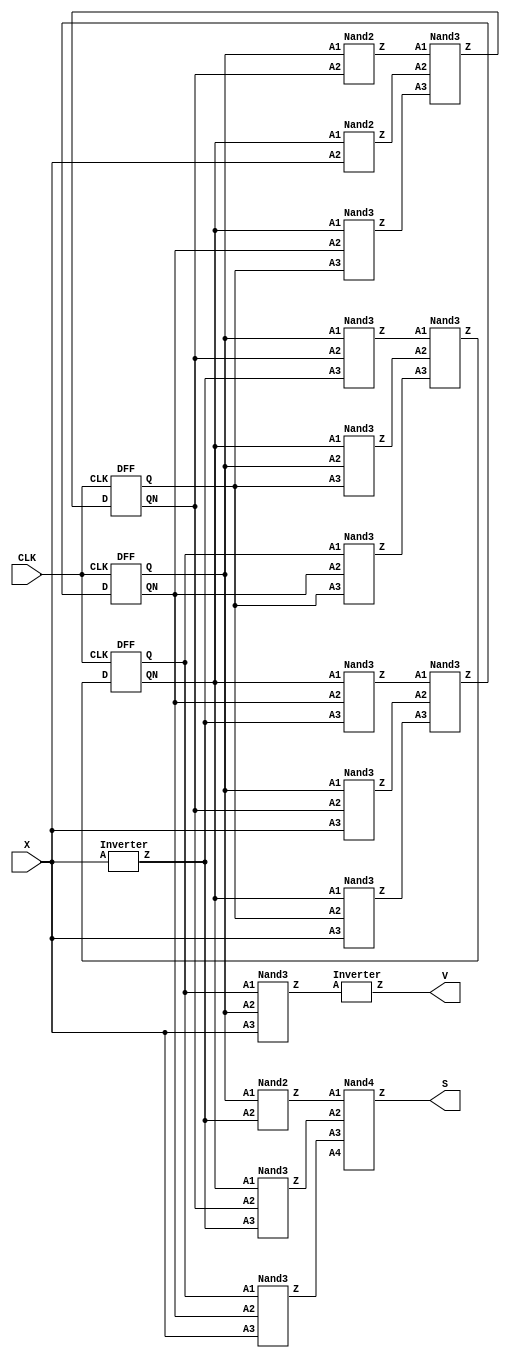
module Excess3Structural(X, CLK, S, V);
input X, CLK;
output S, V;
wire A1, A2, A3, A4, A5, A6, A7, A8, A9, A10, A11, A12, A13;
wire D1, D2, D3, XN, VN;
wire Q1, Q2, Q3, Q1N, Q2N, Q3N;

Inverter I1(X, XN);
Nand3 G1(Q2, Q1N, XN, A1);
Nand3 G2(Q3N, Q2, Q1, A2);
Nand3 G3(Q3, Q2N, Q1, A3);
Nand3 G4(A1, A2, A3, D3);
DFF FF3(D3, CLK, Q3, Q3N);

Nand3 G5(Q3N, Q2N, XN, A4);
Nand3 G6(Q2, Q1N, X, A5);
Nand3 G7(Q3N, Q1, X, A6);
Nand3 G8(A4, A5, A6, D2);
DFF FF2(D2, CLK, Q2, Q2N);

Nand2 G9(Q2, Q1N, A7);
Nand2 G10(Q3N, X, A8);
Nand3 G11(Q3N, Q2N, Q1, A9);
Nand3 G12(A7, A8, A9, D1);
DFF FF1(D1, CLK, Q1, Q1N);

Nand2 G13(Q2, XN, A10);
Nand3 G14(Q3N, Q1N, XN, A11);
Nand3 G15(Q3, Q2N, X, A12);
Nand3 G16(Q2N, Q1, X, D13);
Nand4 G17(A10, A11, A12, A13, S);

Nand3 G18(Q3, Q2, X, VN);
Inverter I2(VN, V);

endmodule

module Nand2 (A1, A2, Z);
input A1, A2;
output Z;
assign Z = ~(A1 & A2);
endmodule


module Nand3 (A1, A2, A3, Z);
input A1, A2, A3;
output Z;
assign Z = ~(A1 & A2 & A3);
endmodule


module Nand4 (A1, A2, A3, A4, Z);
input A1, A2, A3, A4;
output Z;
assign Z = ~(A1 & A2 & A3 & A4);
endmodule


module DFF(D, CLK, Q, QN);
input D, CLK;
output Q, QN;

reg Q;
reg QN;

initial
begin
Q = 1'b0;
QN = 1'b1;
end
always @(posedge CLK)
begin
Q <= D;
QN <= ~D;
end endmodule


module Inverter (A, Z);
input A;
output Z;
assign Z = ~A;
endmodule